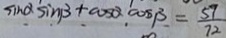
\sin \alpha \sin \beta + \cos \alpha \cos \beta = \frac { 5 7 } { 7 2 }